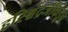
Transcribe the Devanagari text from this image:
हरिश्चंद्रजींकडून